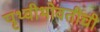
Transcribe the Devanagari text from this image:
पृथ्वीभोवतीची